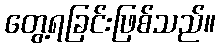
တွေ့ရခြင်းဖြစ်သည်။